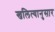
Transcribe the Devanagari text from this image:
खलित्यानुसार